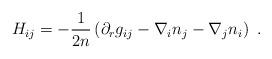
LaTeX: \begin{align*} H_{ij} = - \frac1{2n} \left(\partial_r g_{ij} - \nabla_i n_j - \nabla_j n_i \right)~.\end{align*}